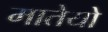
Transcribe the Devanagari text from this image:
मातेयो